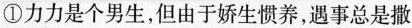
①力力是个男生，但由于娇生惯养，遇事总是撒